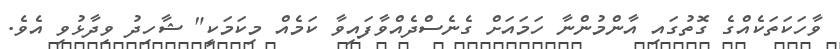
ވާހަކަތަކެއްގެ ގޮތުގައި އާންމުންނާ ހަމައަށް ގެނެސްދެއްވާފައިވާ ކަމެއް މިކަމަކީ" ޝާހިދު ވިދާޅުވި އެވެ.